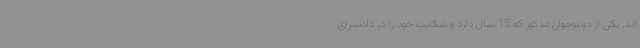
اند. یکی از دو نوجوان مذکور که 15 سال دارد و شکایت خود را در دادسرای